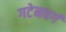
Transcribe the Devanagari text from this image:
गटेनवर्ग